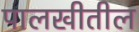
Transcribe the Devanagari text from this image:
पालखीतील